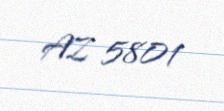
AZ 5801